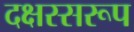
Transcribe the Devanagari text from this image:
दक्षस्सरूप